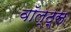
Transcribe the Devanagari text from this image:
वॉल्ट्स